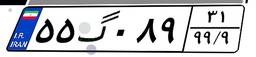
۴۱گ۹۰۳۰۰